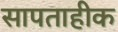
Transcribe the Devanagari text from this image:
सापताहीक